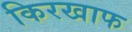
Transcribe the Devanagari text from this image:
किरखाफ